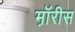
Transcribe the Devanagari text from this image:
म़ॉरीस